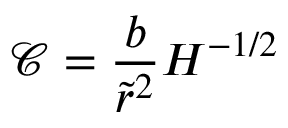
\mathcal { C } = \frac { b } { \tilde { r } ^ { 2 } } H ^ { - 1 / 2 }